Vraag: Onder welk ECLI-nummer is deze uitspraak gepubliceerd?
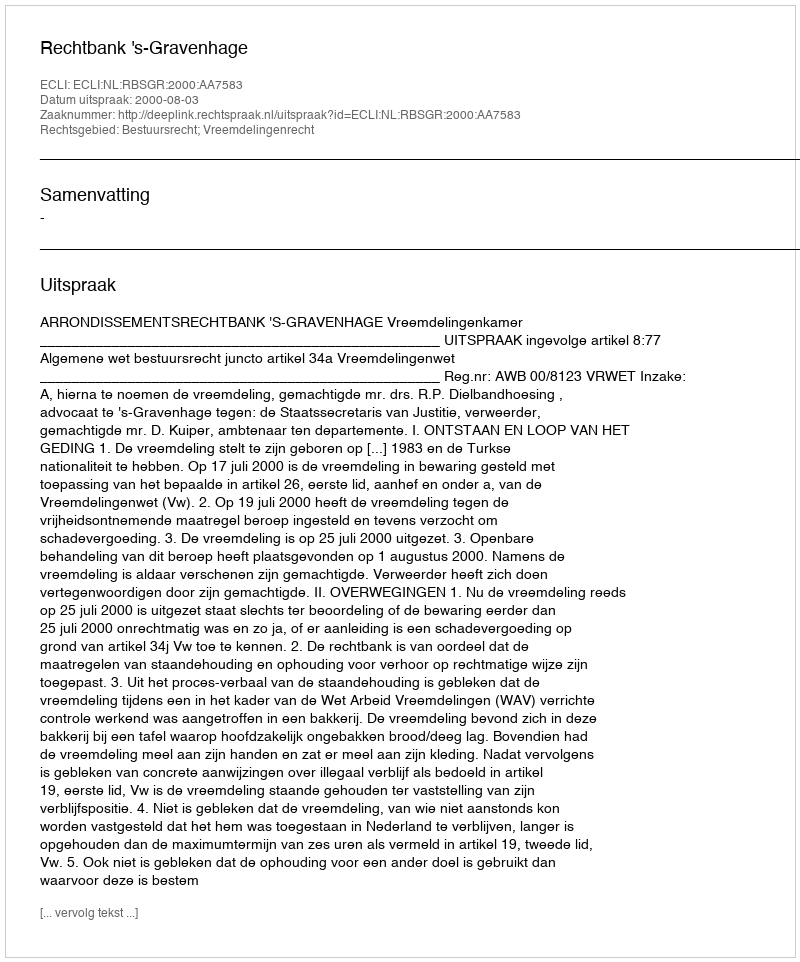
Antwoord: ECLI:NL:RBSGR:2000:AA7583